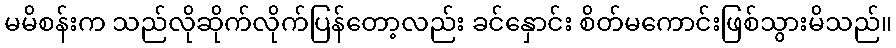
မမိစန်းက သည်လိုဆိုက်လိုက်ပြန်တော့လည်း ခင်နှောင်း စိတ်မကောင်းဖြစ်သွားမိသည်။